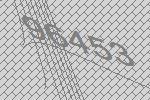
96453